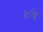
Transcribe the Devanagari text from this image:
४चे